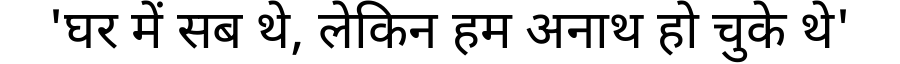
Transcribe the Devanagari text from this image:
'घर में सब थे, लेकिन हम अनाथ हो चुके थे'